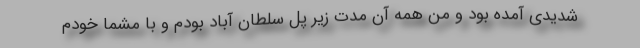
شدیدی آمده بود و من همه آن مدت زیر پل سلطان آباد بودم و با مشما خودم